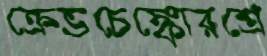
ক্রেভচেঙ্কোরশ্রে